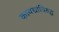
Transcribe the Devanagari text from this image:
कायद्यांविरुद्ध